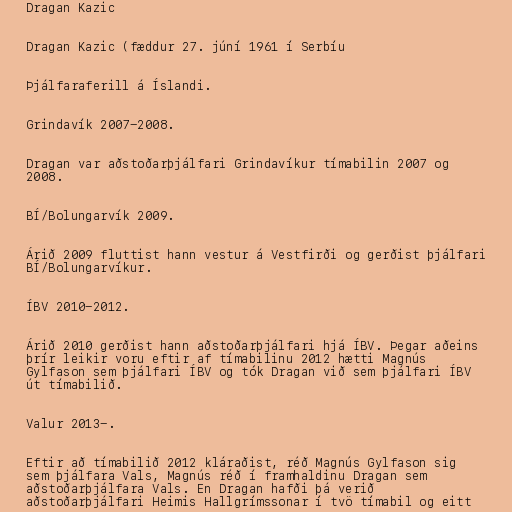
Dragan Kazic

Dragan Kazic (fæddur 27. júní 1961 í Serbíu

Þjálfaraferill á Íslandi.

Grindavík 2007-2008.

Dragan var aðstoðarþjálfari Grindavíkur tímabilin 2007 og
2008.

BÍ/Bolungarvík 2009.

Árið 2009 fluttist hann vestur á Vestfirði og gerðist þjálfari
BÍ/Bolungarvíkur.

ÍBV 2010-2012.

Árið 2010 gerðist hann aðstoðarþjálfari hjá ÍBV. Þegar aðeins
þrír leikir voru eftir af tímabilinu 2012 hætti Magnús
Gylfason sem þjálfari ÍBV og tók Dragan við sem þjálfari ÍBV
út tímabilið.

Valur 2013-.

Eftir að tímabilið 2012 kláraðist, réð Magnús Gylfason sig
sem þjálfara Vals, Magnús réð í framhaldinu Dragan sem
aðstoðarþjálfara Vals. En Dragan hafði þá verið
aðstoðarþjálfari Heimis Hallgrímssonar í tvö tímabil og eitt